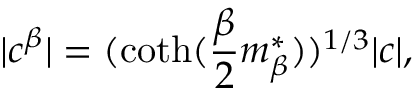
| c ^ { \beta } | = ( \coth ( \frac \beta 2 m _ { \beta } ^ { * } ) ) ^ { 1 / 3 } | c | ,